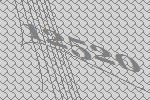
12520